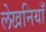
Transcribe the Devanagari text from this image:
लेखनियाँ